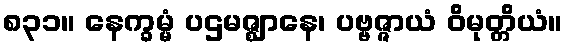
၈၃၁။ နေက္ခမ္မံ ပဌမဇ္ဈာနေ၊ ပဗ္ဗဇ္ဇာယံ ဝိမုတ္တိယံ။